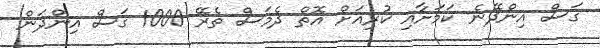
ގަސް އިންދޭނެ ކަމަށާއި ކުރިއަށް އޮތް ދެމަސް ތެރޭ 1000 ގަސް އިންދަން